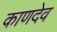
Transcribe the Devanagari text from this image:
काणदेव